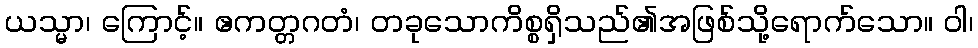
ယသ္မာ၊ ကြောင့်။ ဧကတ္တဂတံ၊ တခုသောကိစ္စရှိသည်၏အဖြစ်သို့ရောက်သော။ ဝါ၊